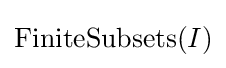
\operatorname {FiniteSubsets} (I)